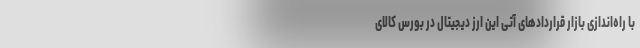
با راه‌اندازی بازار قرارداد‌های آتی این ارز دیجیتال در بورس کالای